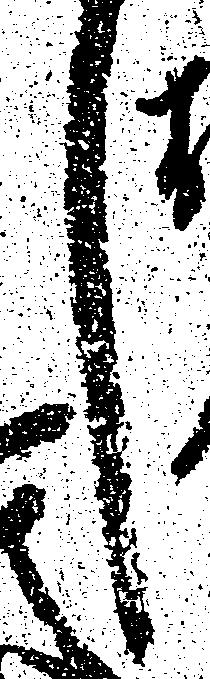
し